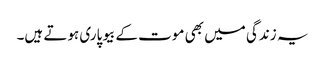
یہ زندگی میں بھی موت کے بیوپاری ہوتے ہیں۔